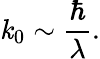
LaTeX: \mathit{k}_{0}\sim{\frac{{\hbar}}{{\lambda}}}.